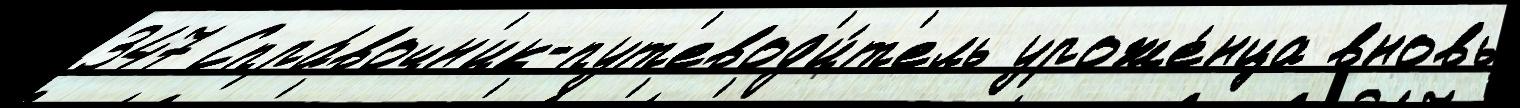
347 Спра́вочн'ик-пут'евод'и́т'ель уроже́нца вновь